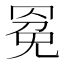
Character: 𰭍